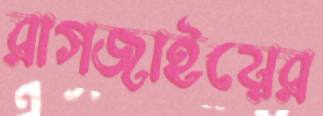
রাগজাইয়ের